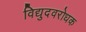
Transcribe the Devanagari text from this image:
विद्युदवरोधक